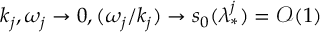
k _ { j } , \omega _ { j } \to 0 , ( \omega _ { j } / k _ { j } ) \to s _ { 0 } ( \lambda _ { * } ^ { j } ) = \mathcal { O } ( 1 )